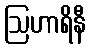
ဩဟာရိနီ